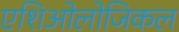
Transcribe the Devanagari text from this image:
एशिओलोजिकल